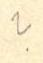
?